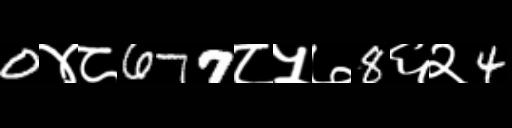
Text: 0४८677८५७8६२4